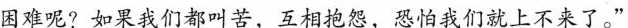
困难呢?如果我们都叫苦，互相抱怨，恐怕我们就上不来了。”